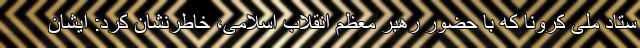
ستاد ملی کرونا که با حضور رهبر معظم انقلاب اسلامی، خاطرنشان کرد: ایشان